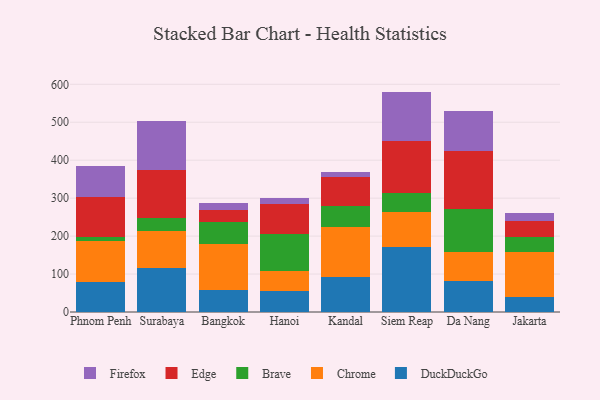
{"axis": {"x": "City", "y": "Inventory Turnover"}, "legend": ["Brave", "Chrome", "DuckDuckGo", "Edge", "Firefox"], "data": [{"x": "Phnom Penh", "y": 78.9, "type": "DuckDuckGo"}, {"x": "Phnom Penh", "y": 107.0, "type": "Chrome"}, {"x": "Phnom Penh", "y": 12.5, "type": "Brave"}, {"x": "Phnom Penh", "y": 104.6, "type": "Edge"}, {"x": "Phnom Penh", "y": 80.6, "type": "Firefox"}, {"x": "Surabaya", "y": 115.5, "type": "DuckDuckGo"}, {"x": "Surabaya", "y": 99.2, "type": "Chrome"}, {"x": "Surabaya", "y": 34.0, "type": "Brave"}, {"x": "Surabaya", "y": 125.4, "type": "Edge"}, {"x": "Surabaya", "y": 128.9, "type": "Firefox"}, {"x": "Bangkok", "y": 59.0, "type": "DuckDuckGo"}, {"x": "Bangkok", "y": 121.1, "type": "Chrome"}, {"x": "Bangkok", "y": 56.5, "type": "Brave"}, {"x": "Bangkok", "y": 33.0, "type": "Edge"}, {"x": "Bangkok", "y": 17.9, "type": "Firefox"}, {"x": "Hanoi", "y": 55.0, "type": "DuckDuckGo"}, {"x": "Hanoi", "y": 52.2, "type": "Chrome"}, {"x": "Hanoi", "y": 98.1, "type": "Brave"}, {"x": "Hanoi", "y": 78.3, "type": "Edge"}, {"x": "Hanoi", "y": 17.4, "type": "Firefox"}, {"x": "Kandal", "y": 91.3, "type": "DuckDuckGo"}, {"x": "Kandal", "y": 131.9, "type": "Chrome"}, {"x": "Kandal", "y": 56.7, "type": "Brave"}, {"x": "Kandal", "y": 76.8, "type": "Edge"}, {"x": "Kandal", "y": 11.8, "type": "Firefox"}, {"x": "Siem Reap", "y": 170.1, "type": "DuckDuckGo"}, {"x": "Siem Reap", "y": 94.4, "type": "Chrome"}, {"x": "Siem Reap", "y": 48.4, "type": "Brave"}, {"x": "Siem Reap", "y": 137.4, "type": "Edge"}, {"x": "Siem Reap", "y": 130.5, "type": "Firefox"}, {"x": "Da Nang", "y": 81.1, "type": "DuckDuckGo"}, {"x": "Da Nang", "y": 76.5, "type": "Chrome"}, {"x": "Da Nang", "y": 112.9, "type": "Brave"}, {"x": "Da Nang", "y": 154.9, "type": "Edge"}, {"x": "Da Nang", "y": 103.8, "type": "Firefox"}, {"x": "Jakarta", "y": 39.1, "type": "DuckDuckGo"}, {"x": "Jakarta", "y": 120.0, "type": "Chrome"}, {"x": "Jakarta", "y": 38.6, "type": "Brave"}, {"x": "Jakarta", "y": 41.8, "type": "Edge"}, {"x": "Jakarta", "y": 20.5, "type": "Firefox"}]}